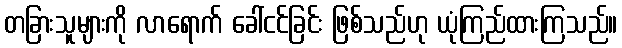
တခြားသူများကို လာရောက် ခေါ်ငင်ခြင်း ဖြစ်သည်ဟု ယုံကြည်ထားကြသည်။